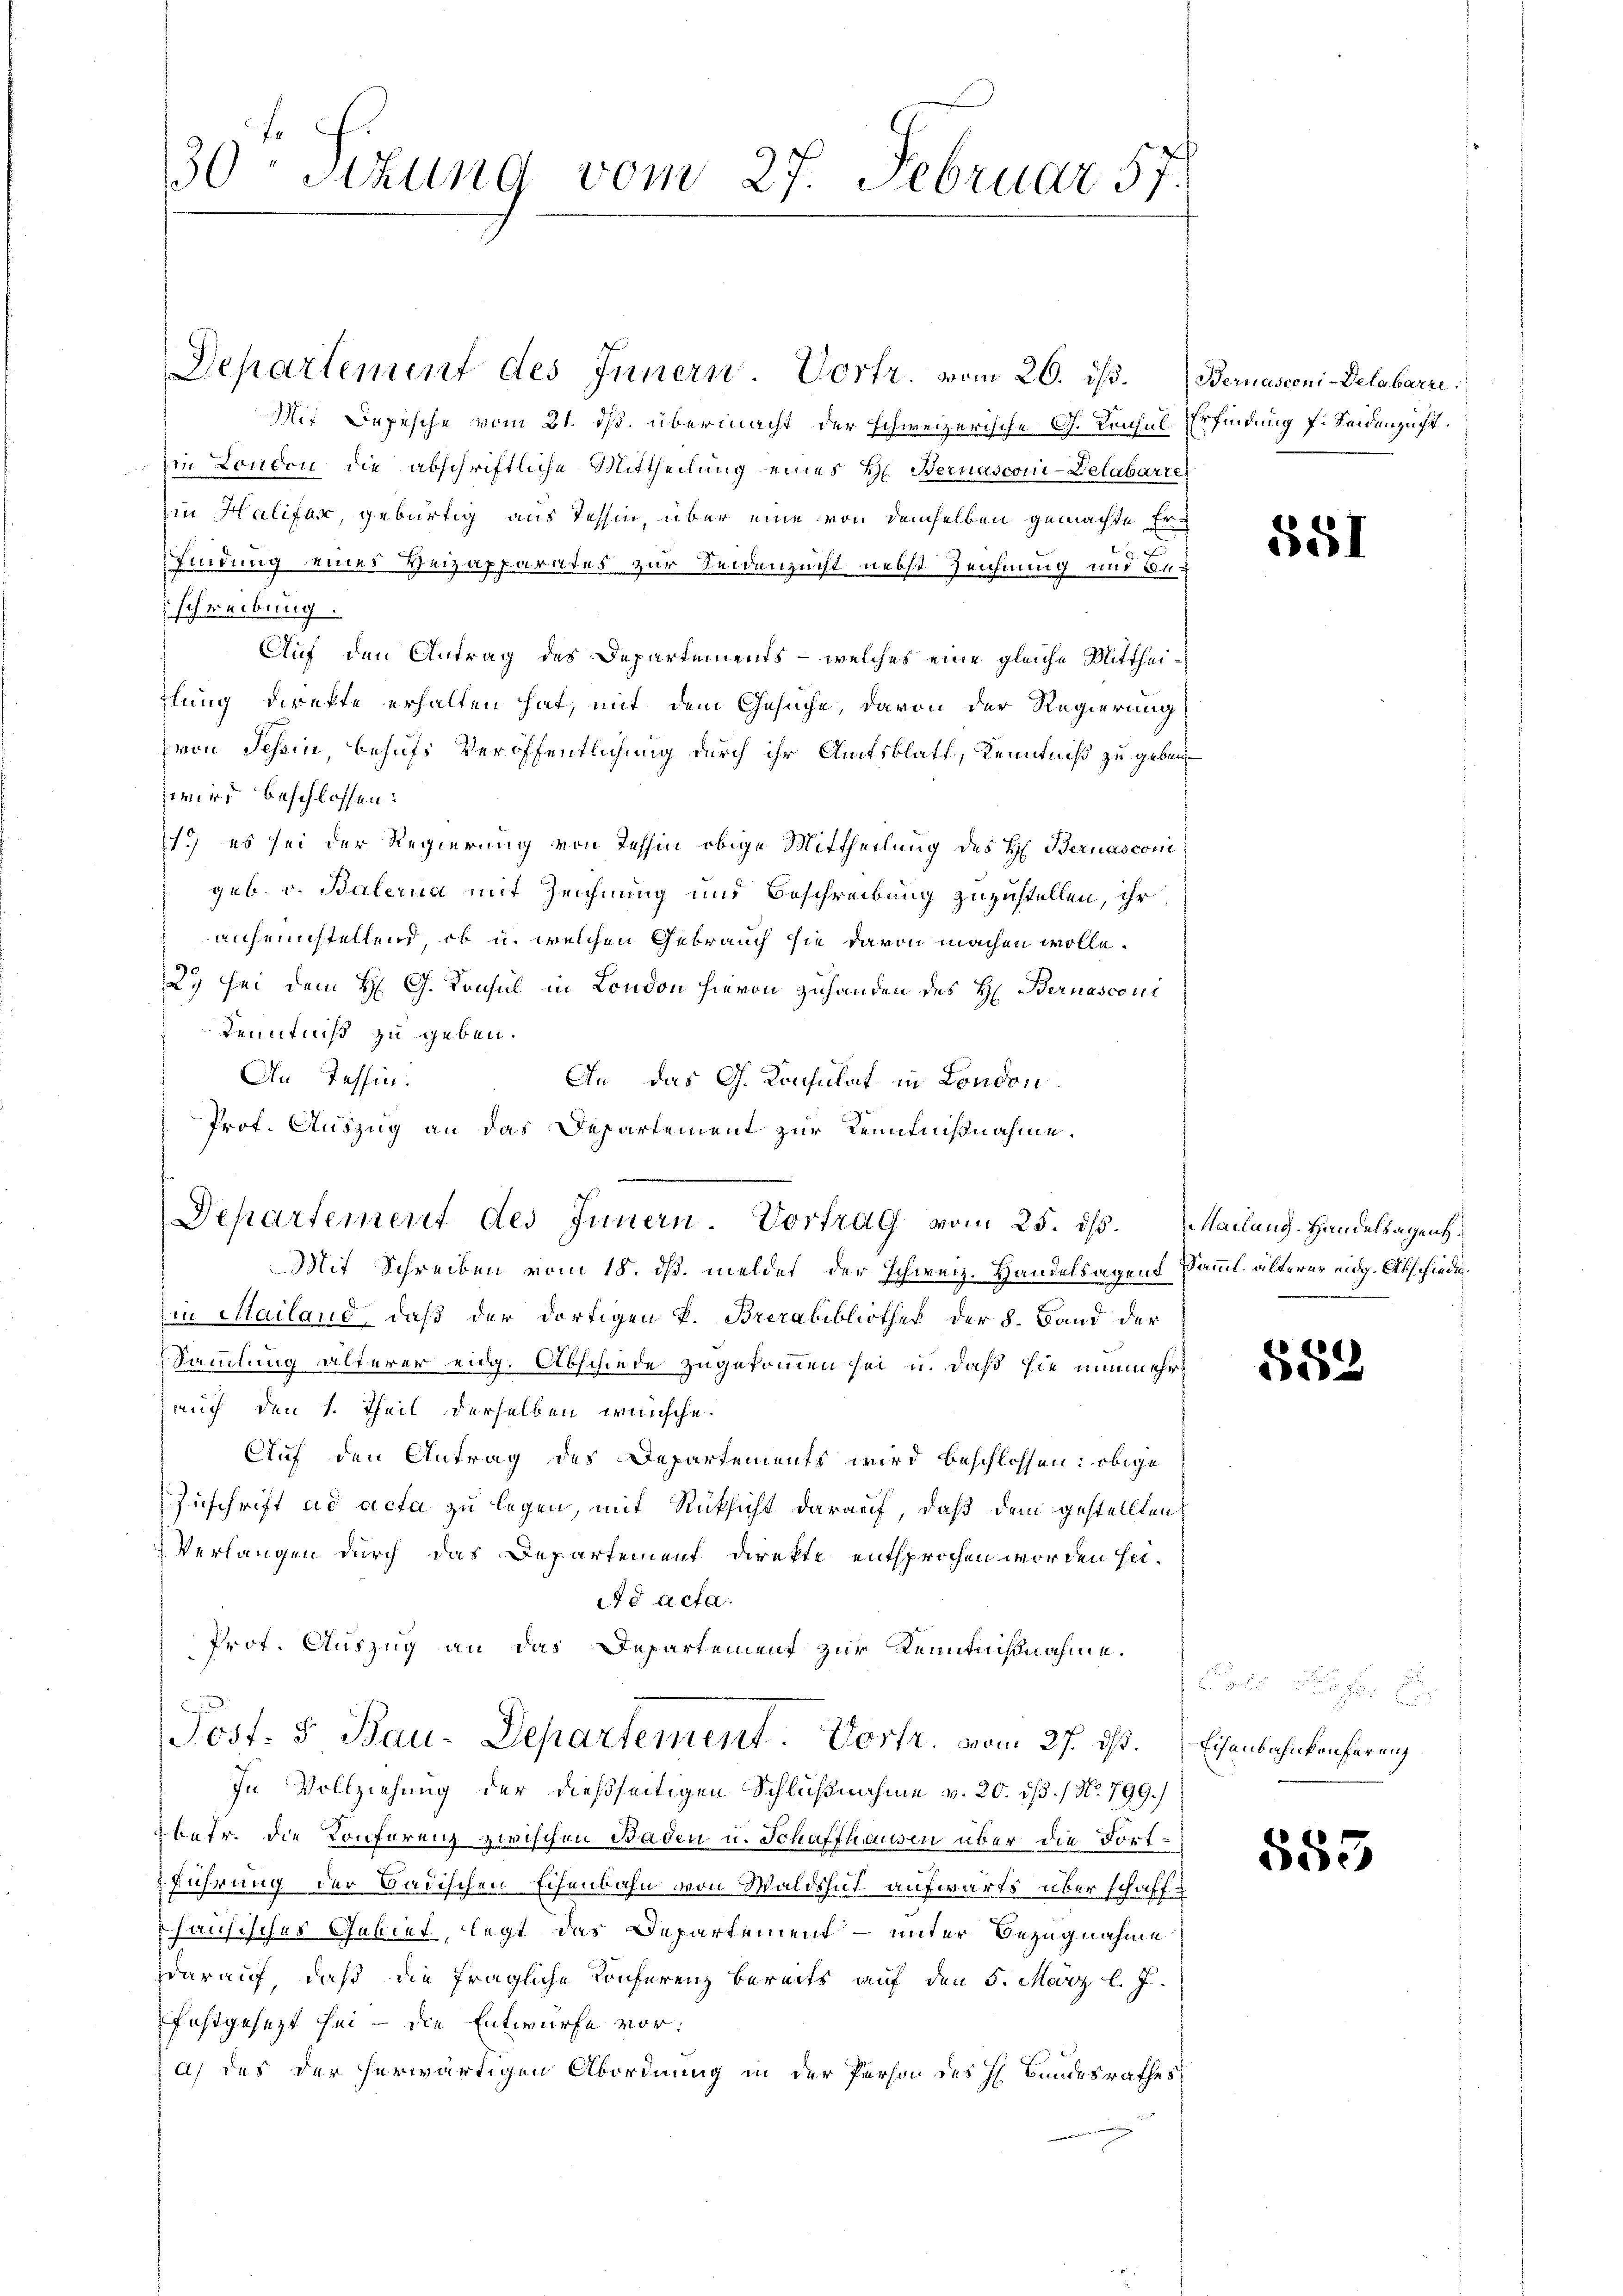
30. Sitzung vom 27. Februar 5.
1

Departement des Innern. Vortr. vom 20. ds. Bernasconi-Delabarre
Mir Depesche vom 21. ds. übermacht der schweizerische G. Consul
in London die abschriftliche Mittheilung eines H. Bernasconi-Delabarte
in Halifar, gebürtig aus Tessin, über eine von demselben gemachte Erfindung eines Heizapparates zur Seidenzucht nebst Zeichnung und Beschreibung.
Auf den Antrag des Departements - welches eine gleiche Mittheilung direkte erhalten hat, mit dem Gesuche, davon der Regierung
zvon Schin, behufs Veröffentlichung durch ihr Amtsblatt, Kenntniß zu geben
wird beschlossen:
1.) es sei der Regierung von Tessin obige Mittheilung des H. Bernasconi
geb. v. Balerna mit Zeichnung und Beschreibung zuzustellen, ihr
aufeinstellend, ob u. welchen Gebrauch sie davon machen wolle.
29 sei dem H. G. Konsul in London hievon zuhanden des H. Bernasconi
Kenntniß zu geben.
An Tessin.
An das G. Konsulat in London
Prof. Auszug an das Departement zur Kenntnißnahme.
Mit Schreiben vom 18. ds. meldet der Schweiz. Handelsagend Samml. älterer eidg. Abschiedein Mailand, daß der dortigen k. Brerabibliothek der §. Band der
Sammlung älterer eidg. Abschiede zugekommen sei u. daß sie nunmehrauch den 1. Theil derselben wünsche.
Auf den Antrag des Departements wird beschlossen: obige
Zuschrift ad acta zu legen, mit Rücksicht darauf, daß dem gestellten
Verlangen durch das Departement direkte entsprochen worden sei.
d acta.
Prot. Auszug an das Departement zur Kenntnißnahme.
Post. S Bau-Departement. Vortr. vom 27. ist. Eisenbahnkonfereng
In Vollziehung der dießseitigen Schlußnahme v. 20. dß. / No. 799.
Ebetr. die Konferenz zwischen Baden u. Schaffhausen über die Fortführung der Badischen Eisenbahn von Waldshut aufwärts über schaffhausisches Gebiet, legt das Departement – unter Bezugnahme
ddarauf, daß die fragliche Konferenz bereits auf den 5. März l. J.
festgesezt sei - die Entwurfe vora) des der herwärtigen Abordnung in der Person des H. Bundesrathes

Departement des Innern. Vortrag vom 25. ds. Mailang. Handelsagent

Erfindung f. Seidenzuft.

581

552

s

555